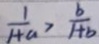
\frac { 1 } { 1 + a } > \frac { b } { 1 + b }